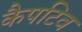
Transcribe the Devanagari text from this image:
कैपटिव